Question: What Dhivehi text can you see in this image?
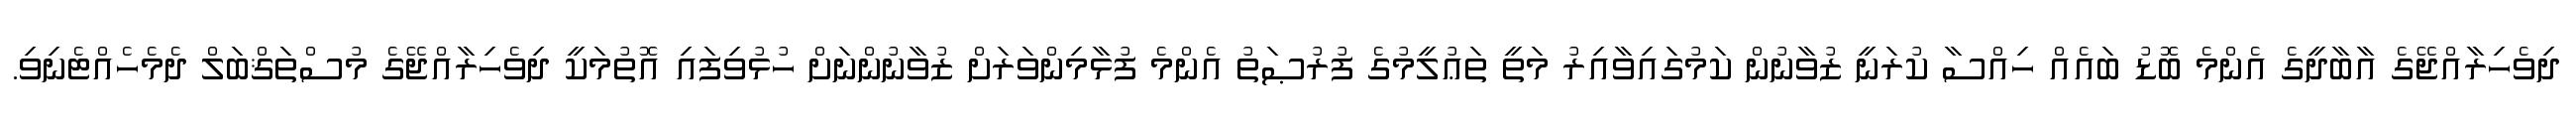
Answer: ދިވެހިރާއްޖޭގެ އާބާދީގެ އެންމެ ބޮޑު ބައެއް ހިއްސާ ކުރަނީ ޒުވާނުން ކަމުގައިވާއިރު މަތީ ތަޢުލީމުގެ ފުރުޞަތު އެންމެ ފުޅާމިންވަރަށް ޒުވާނުންނަށް ހުޅުވިފައި އޮތުމަކީ ދިވެހިރާއްޖޭގެ މުސްތަޤްބަލް ދެމެހެއްޓެނިވި.